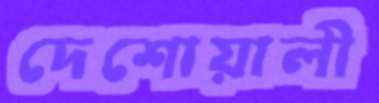
দেশোয়ালী